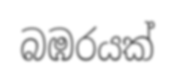
බඹරයක්